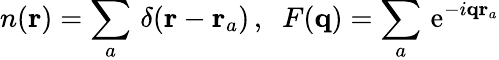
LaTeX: n({\mathbf r})=\sum_{a}\, \delta({\mathbf r}-{\mathbf r}_{a})\, ,\; \; F({\mathbf q})=\sum_{a}\, \mathrm{e}^{-i{\mathbf q}{\mathbf r}_{a}}